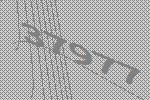
37977